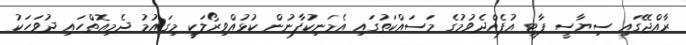
ރާއްޖޭގައި ސިޔާސީ ޕާޓީ އުފެއްދެވުމުގެ މަސައްކަތުގައި އެމަނިކުފާނުން ކުޅުއްވިރޯލަކީ މިގައުމު ދެމިއޮތްހައި ދުވަހަކު